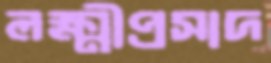
লক্ষ্মীপ্রসাদ